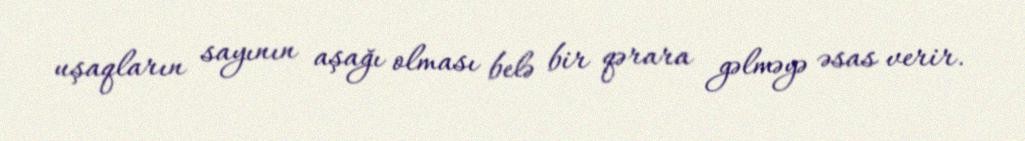
uşaqların sayının aşağı olması belə bir qərara gəlməyə əsas verir.